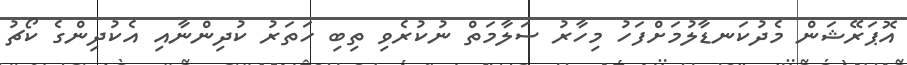
އޮޕަރޭޝަން މެދުކަނޑާލުމަށްފަހު މިހާރު ސަލާމަތް ނުކުރެވި ތިބި ހަތަރު ކުދިންނާއި އެކުދިންގެ ކޯޗު